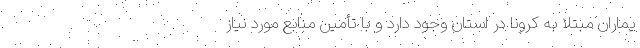
یماران مبتلا به کرونا در استان وجود دارد و با تأمین منابع مورد نیاز